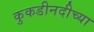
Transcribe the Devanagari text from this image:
कुकडीनदीच्या